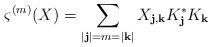
LaTeX: \begin{align*}\varsigma^{(m)}(X)=\sum_{|\mathbf{j}|=m=|\mathbf{k}|}X_{\mathbf{j},\mathbf{k}}K_\mathbf{j}^*K_\mathbf{k}\end{align*}